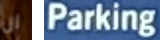
ان Parking